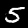
Label: 5